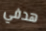
هدفي